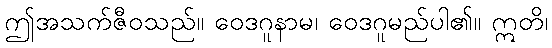
ဤအသက်ဇီဝသည်။ ဝေဒဂူနာမ၊ ဝေဒဂူမည်ပါ၏။ ဣတိ၊